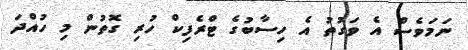
ނަމަވެސް އެ ވަގުތު އެ ހިސާބުގެ ޓްރެފިކް ހުރި ގޮތުން މި ހުއްދަ